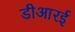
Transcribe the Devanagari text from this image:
डीआरई